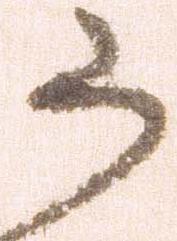
ら